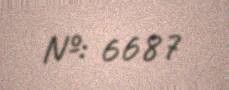
№: 6687